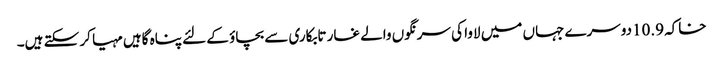
خاکہ 10.9دوسرے جہاں میں لاوا کی سرنگوں والے غار تابکاری سے بچاؤ کے لئے پناہ گاہیں مہیا کر سکتے ہیں۔